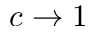
c \to 1